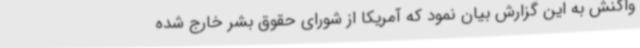
واکنش به این گزارش بیان نمود که آمریکا از شورای حقوق بشر خارج شده